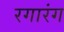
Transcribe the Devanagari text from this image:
रगारंग